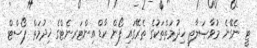
ޓީ ނެގޭނެ މުވާޞަލާތީ ޚިދުމަތްތަކުގެ ތެރޭގައި ފޯން ކާޑް އިންޓަރނެޓްގެ ޚިދުމަތް ޕޯސްޓް